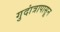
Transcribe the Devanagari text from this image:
गुदांत्रापासून